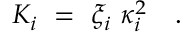
K _ { i } ~ = ~ \xi _ { i } ~ \kappa _ { i } ^ { 2 } \quad .